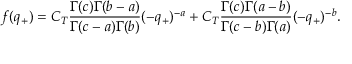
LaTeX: f ( q _ { + } ) = C _ { T } \frac { \Gamma ( c ) \Gamma ( b - a ) } { \Gamma ( c - a ) \Gamma ( b ) } ( - q _ { + } ) ^ { - a } + C _ { T } \frac { \Gamma ( c ) \Gamma ( a - b ) } { \Gamma ( c - b ) \Gamma ( a ) } ( - q _ { + } ) ^ { - b } .